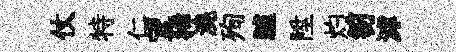
仗特仁望狶澆殉臚陞灼笏滹